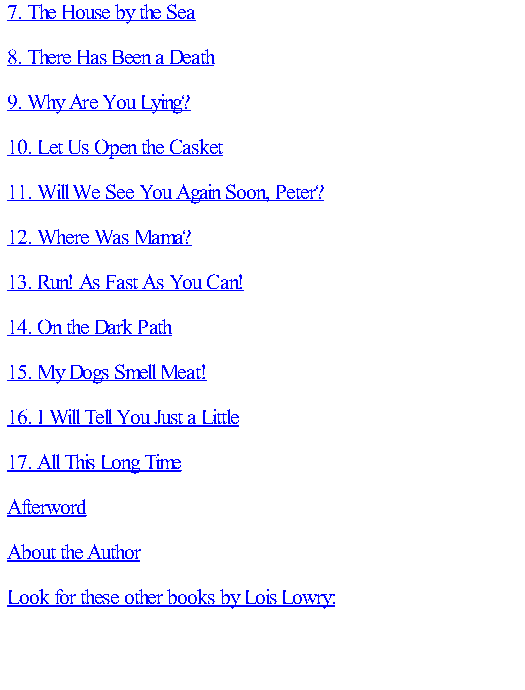
7. The House by the Sea
 8. There Has Been a Death
 9. Why Are You Lying?
 10. Let Us Open the Casket
 11. Will We See You Again Soon, Peter?
 12. Where Was Mama?
 13. Run! As Fast As You Can!
 14. On the Dark Path
 15. My Dogs Smell Meat!
 16. I Will Tell You Just a Little
 17. All This Long Time
 Afterword
 About the Author
 Look for these other books by Lois Lowry: